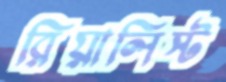
রিয়ালিস্ট